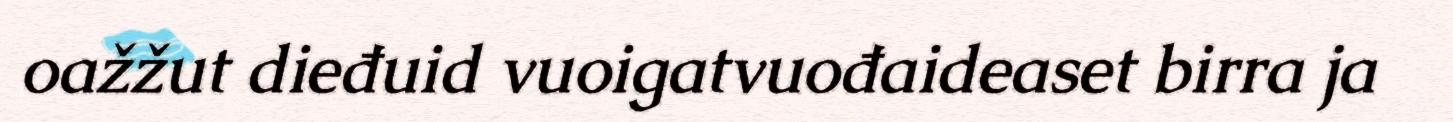
oažžut dieđuid vuoigatvuođaideaset birra ja